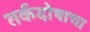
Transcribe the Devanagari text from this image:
तर्कदोषाचा